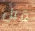
قبل